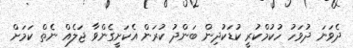
ދެވަނަ ދުވަހު ހުކުމްކުރީ ކުޑަކުދިން ބަންދު ކުރަން އެކަށީގެންވާ ޖަލެއް ނެތް ކަމަށް